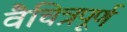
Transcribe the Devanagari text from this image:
वैचित्रपूर्ण